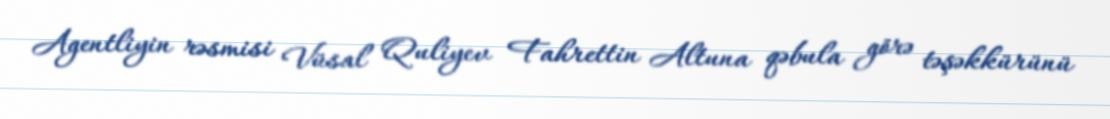
Agentliyin rəsmisi Vüsal Quliyev Fahrettin Altuna qəbula görə təşəkkürünü